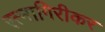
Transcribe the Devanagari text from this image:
रत्‍नागिरीकर